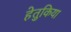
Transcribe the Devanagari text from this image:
हेतुकिया